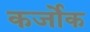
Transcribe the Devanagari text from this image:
कर्जोक